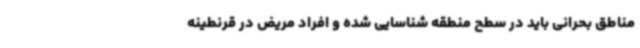
مناطق بحرانی باید در سطح منطقه شناسایی شده و افراد مریض در قرنطینه